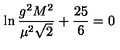
\ln \frac { g ^ { 2 } M ^ { 2 } } { \mu ^ { 2 } \sqrt 2 } + \frac { 2 5 } { 6 } = 0